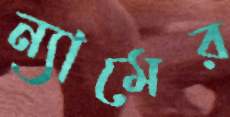
ন্যামের